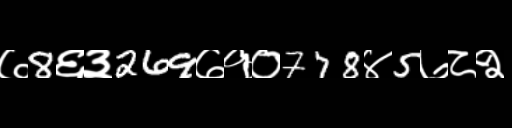
Text: ७8६३269७१०778४5७८२